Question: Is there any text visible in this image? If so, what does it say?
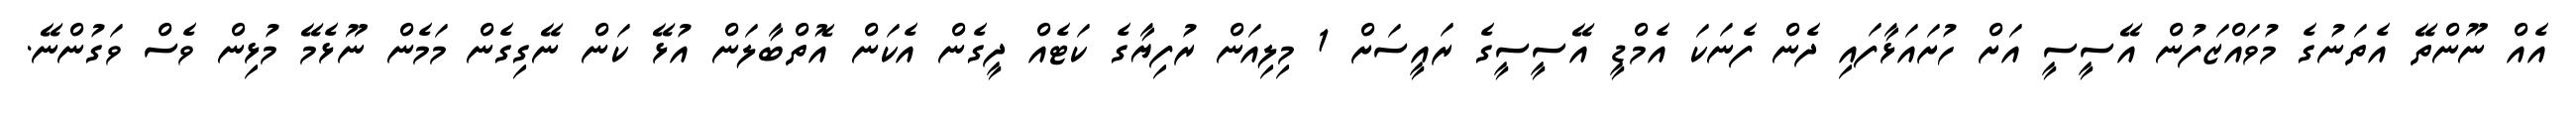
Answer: އެއް ނޫންތޭ އެތަނުގެ މުވައްޒަފުން އޭސީސީ އަށް ހުށައަޅާފައި ދެން ފެނަކަ އެމްޑީ އޭސީސީގެ ރައީސަށް 1 މިލިއަން ރުފިޔާގެ ކަޓެއް ދީގެން އެކަން އޮތްބާލަން އުޅޭ ކަން ނޭގިގެން މަމެން ނޫޅެމޭ މުޅިން ވެސް ވަގުންނޭ.